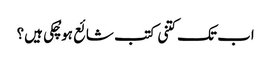
اب تک کتنی کتب شائع ہو چُکی ہیں؟